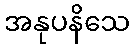
အနုပနိသေ